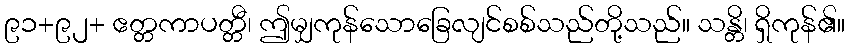
၉၁+၉၂+ ဧတ္တကာပတ္တီ၊ ဤမျှကုန်သောခြေလျင်စစ်သည်တို့သည်။ သန္တိ၊ ရှိကုန်၏။